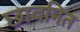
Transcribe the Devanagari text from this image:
छावनित